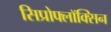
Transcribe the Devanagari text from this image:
सिप्रोफ्लॉक्सिन